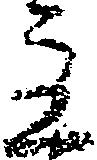
主